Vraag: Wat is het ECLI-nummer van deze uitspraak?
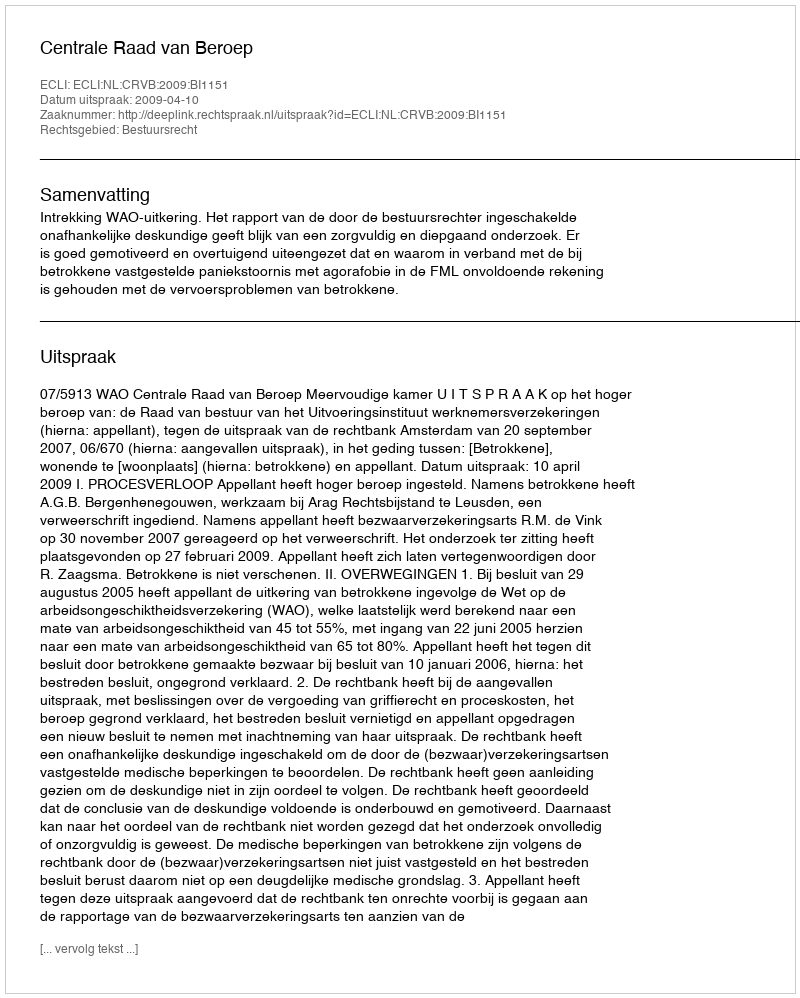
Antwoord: ECLI:NL:CRVB:2009:BI1151